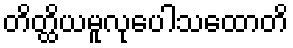
တိတ္ထိယမူလုပေါသထောတိ